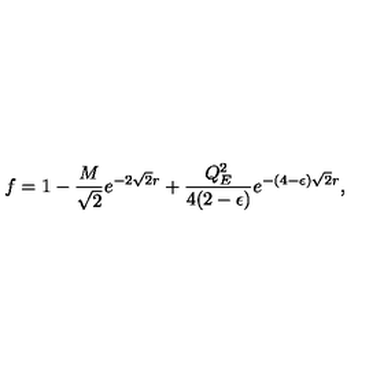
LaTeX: f = 1 - { \frac { M } { \sqrt 2 } } e ^ { - 2 \sqrt 2 r } + { \frac { Q _ { E } ^ { 2 } } { 4 ( 2 - \epsilon ) } } e ^ { - ( 4 - \epsilon ) \sqrt 2 r } ,